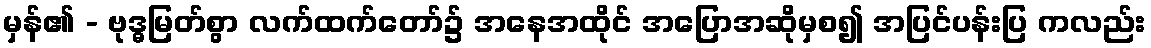
မှန်၏ - ဗုဒ္ဓမြတ်စွာ လက်ထက်တော်၌ အနေအထိုင် အပြောအဆိုမှစ၍ အပြင်ပန်းပြ ကလည်း